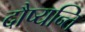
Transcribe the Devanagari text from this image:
दौष्यन्ति